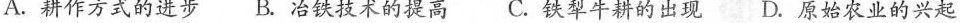
A.耕作方式的进步 B.冶铁技术的提高 C.铁犁牛耕的出现 D.原始农业的兴起